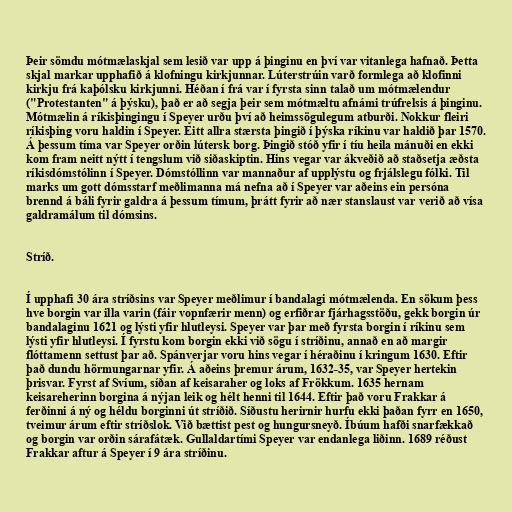
Þeir sömdu mótmælaskjal sem lesið var upp á þinginu en því var vitanlega hafnað. Þetta
skjal markar upphafið á klofningu kirkjunnar. Lúterstrúin varð formlega að klofinni
kirkju frá kaþólsku kirkjunni. Héðan í frá var í fyrsta sinn talað um mótmælendur
("Protestanten" á þýsku), það er að segja þeir sem mótmæltu afnámi trúfrelsis á þinginu.
Mótmælin á ríkisþingingu í Speyer urðu því að heimssögulegum atburði. Nokkur fleiri
ríkisþing voru haldin í Speyer. Eitt allra stærsta þingið í þýska ríkinu var haldið þar 1570.
Á þessum tíma var Speyer orðin lútersk borg. Þingið stóð yfir í tíu heila mánuði en ekki
kom fram neitt nýtt í tengslum við siðaskiptin. Hins vegar var ákveðið að staðsetja æðsta
ríkisdómstólinn í Speyer. Dómstóllinn var mannaður af upplýstu og frjálslegu fólki. Til
marks um gott dómsstarf meðlimanna má nefna að í Speyer var aðeins ein persóna
brennd á báli fyrir galdra á þessum tímum, þrátt fyrir að nær stanslaust var verið að vísa
galdramálum til dómsins.

Stríð.

Í upphafi 30 ára stríðsins var Speyer meðlimur í bandalagi mótmælenda. En sökum þess
hve borgin var illa varin (fáir vopnfærir menn) og erfiðrar fjárhagsstöðu, gekk borgin úr
bandalaginu 1621 og lýsti yfir hlutleysi. Speyer var þar með fyrsta borgin í ríkinu sem
lýsti yfir hlutleysi. Í fyrstu kom borgin ekki við sögu í stríðinu, annað en að margir
flóttamenn settust þar að. Spánverjar voru hins vegar í héraðinu í kringum 1630. Eftir
það dundu hörmungarnar yfir. Á aðeins þremur árum, 1632-35, var Speyer hertekin
þrisvar. Fyrst af Svíum, síðan af keisaraher og loks af Frökkum. 1635 hernam
keisareherinn borgina á nýjan leik og hélt henni til 1644. Eftir það voru Frakkar á
ferðinni á ný og héldu borginni út stríðið. Síðustu herirnir hurfu ekki þaðan fyrr en 1650,
tveimur árum eftir stríðslok. Við bættist pest og hungursneyð. Íbúum hafði snarfækkað
og borgin var orðin sárafátæk. Gullaldartími Speyer var endanlega liðinn. 1689 réðust
Frakkar aftur á Speyer í 9 ára stríðinu.